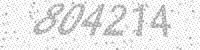
Solution: 804214